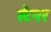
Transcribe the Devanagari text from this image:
स्टैनर